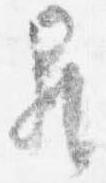
昇